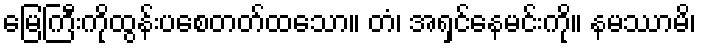
မြေကြီးကိုထွန်းပစေတတ်ထသော။ တံ၊ အရှင်နေမင်းကို။ နမဿာမိ၊